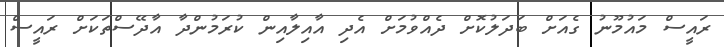
ރައީސް މައުމޫނު ގެއަށް ބަދަލުކޮށް ދެއްވުމަށް އެދި އާއިލާއިން ކުރަމުންދާ އާދޭސްތަކަށް ރައީސް